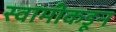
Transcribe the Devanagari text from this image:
स्वामीकडून